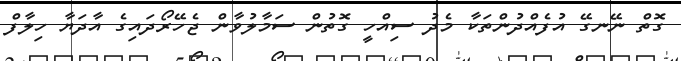
ގޮތް ނޭނގޭ އުފެއްދުންތަކާ މެދު ސިއްހީ ގޮތުން ސަމާލުވާން ޖެހޭރޯދައިގެ އާދަޔާ ހިލާފް